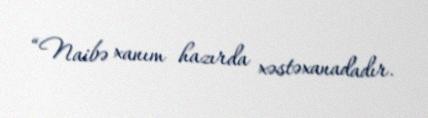
“Naibə xanım hazırda xəstəxanadadır.